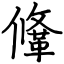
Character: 鞗